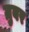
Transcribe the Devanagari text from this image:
ग्रुबर